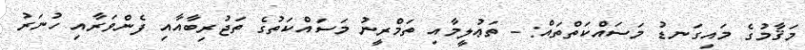
މަޤާމުގެ މައިގަނޑު މަސައްކަތްތައް: - ތަޢުލީމާއި ތަމްރީނު މަސައްކަތުގެ ތަޖުރިބާއާއި ފެންވަރާއި ހުނަރު